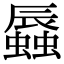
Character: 𧒏